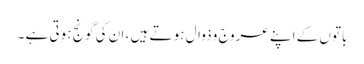
باتوں کے اپنے عروج و ذوال ہوتے ہیں ، ان کی گونج ہوتی ہے ۔